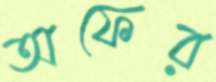
অফের